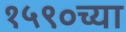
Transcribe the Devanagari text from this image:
१५९०च्या